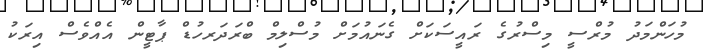
މުހަންމަދު މުރްސީ މިސްރުގެ ރައީސަކަށް ގެނައުމަށް މުސްލިމް ބްރަދަރހުޑް ޕާޓީން އެއްވެސް އިރަކު